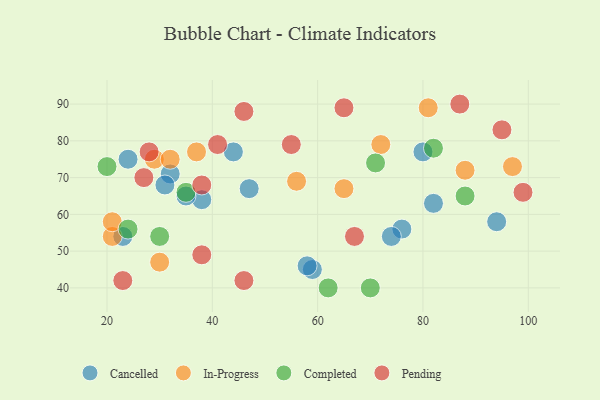
{"axis": {"x": "GDP", "y": "Life Expectancy"}, "legend": ["Cancelled", "Completed", "In-Progress", "Pending"], "data": [{"x": "32", "y": 71, "type": "Cancelled"}, {"x": "23", "y": 54, "type": "Cancelled"}, {"x": "76", "y": 56, "type": "Cancelled"}, {"x": "59", "y": 45, "type": "Cancelled"}, {"x": "94", "y": 58, "type": "Cancelled"}, {"x": "74", "y": 54, "type": "Cancelled"}, {"x": "24", "y": 75, "type": "Cancelled"}, {"x": "80", "y": 77, "type": "Cancelled"}, {"x": "44", "y": 77, "type": "Cancelled"}, {"x": "38", "y": 64, "type": "Cancelled"}, {"x": "82", "y": 63, "type": "Cancelled"}, {"x": "58", "y": 46, "type": "Cancelled"}, {"x": "35", "y": 65, "type": "Cancelled"}, {"x": "47", "y": 67, "type": "Cancelled"}, {"x": "31", "y": 68, "type": "Cancelled"}, {"x": "29", "y": 75, "type": "In-Progress"}, {"x": "97", "y": 73, "type": "In-Progress"}, {"x": "30", "y": 47, "type": "In-Progress"}, {"x": "81", "y": 89, "type": "In-Progress"}, {"x": "65", "y": 67, "type": "In-Progress"}, {"x": "88", "y": 72, "type": "In-Progress"}, {"x": "21", "y": 54, "type": "In-Progress"}, {"x": "37", "y": 77, "type": "In-Progress"}, {"x": "72", "y": 79, "type": "In-Progress"}, {"x": "56", "y": 69, "type": "In-Progress"}, {"x": "32", "y": 75, "type": "In-Progress"}, {"x": "21", "y": 58, "type": "In-Progress"}, {"x": "71", "y": 74, "type": "Completed"}, {"x": "82", "y": 78, "type": "Completed"}, {"x": "62", "y": 40, "type": "Completed"}, {"x": "30", "y": 54, "type": "Completed"}, {"x": "35", "y": 66, "type": "Completed"}, {"x": "70", "y": 40, "type": "Completed"}, {"x": "88", "y": 65, "type": "Completed"}, {"x": "24", "y": 56, "type": "Completed"}, {"x": "20", "y": 73, "type": "Completed"}, {"x": "46", "y": 88, "type": "Pending"}, {"x": "99", "y": 66, "type": "Pending"}, {"x": "38", "y": 68, "type": "Pending"}, {"x": "41", "y": 79, "type": "Pending"}, {"x": "27", "y": 70, "type": "Pending"}, {"x": "28", "y": 77, "type": "Pending"}, {"x": "38", "y": 49, "type": "Pending"}, {"x": "23", "y": 42, "type": "Pending"}, {"x": "65", "y": 89, "type": "Pending"}, {"x": "95", "y": 83, "type": "Pending"}, {"x": "67", "y": 54, "type": "Pending"}, {"x": "87", "y": 90, "type": "Pending"}, {"x": "55", "y": 79, "type": "Pending"}, {"x": "46", "y": 42, "type": "Pending"}]}